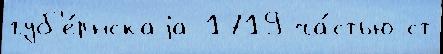
губ'е́рнскаjа 1719 ча́стью ст